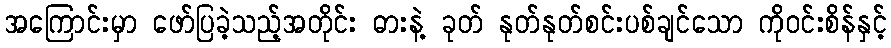
အကြောင်းမှာ ဖော်ပြခဲ့သည့်အတိုင်း ဓားနဲ့ ခုတ် နုတ်နုတ်စင်းပစ်ချင်သော ကိုဝင်းစိန်နှင့်